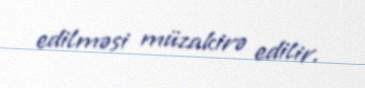
edilməsi müzakirə edilir.